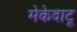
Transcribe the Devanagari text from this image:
मेकेदाटू